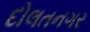
દોલતનગર